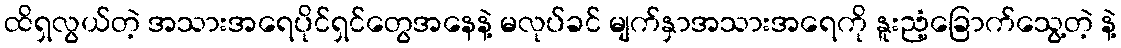
ထိရှလွယ်တဲ့ အသားအရေပိုင်ရှင်တွေအနေနဲ့ မလုပ်ခင် မျက်နှာအသားအရေကို နူးညံ့ခြောက်သွေ့တဲ့ နဲ့